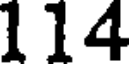
114